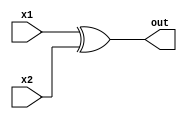
/*
* Confrontatore con 2 ingressi da un bit: calcola 0 se i due bit in ingresso sono uguali, 1 altrimenti
*/

module CONFRONTATORE(output out, input x1, input x2);
  assign #2 out = x1 ^ x2; // operatore xor
endmodule